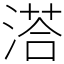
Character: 溚